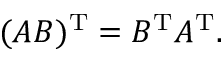
( A B ) ^ { \mathrm { T } } = B ^ { \mathrm { T } } A ^ { \mathrm { T } } .